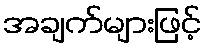
အချက်များဖြင့်